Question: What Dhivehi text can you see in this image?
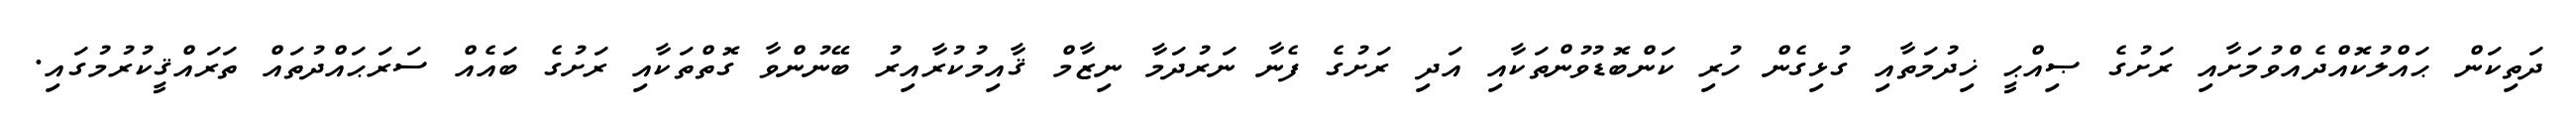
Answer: ދަތިކަން ޙައްލުކޮއްދެއްވުމަށާއި ރަށުގެ ޞިއްޙީ ޚިދުމަތާއި ގުޅިގެން ހުރި ކަންބޮޑުވުންތަކާއި އަދި ރަށުގެ ފެނާ ނަރުދަމާ ނިޒާމް ޤާއިމުކުރާއިރު ބޭނުންވާ ގޮތްތަކާއި ރަށުގެ ބައެއް ސަރަޙައްދުތައް ތަރައްޤީކުރުމުގައި.